Scottish Leaving Certificate Examination, 1953
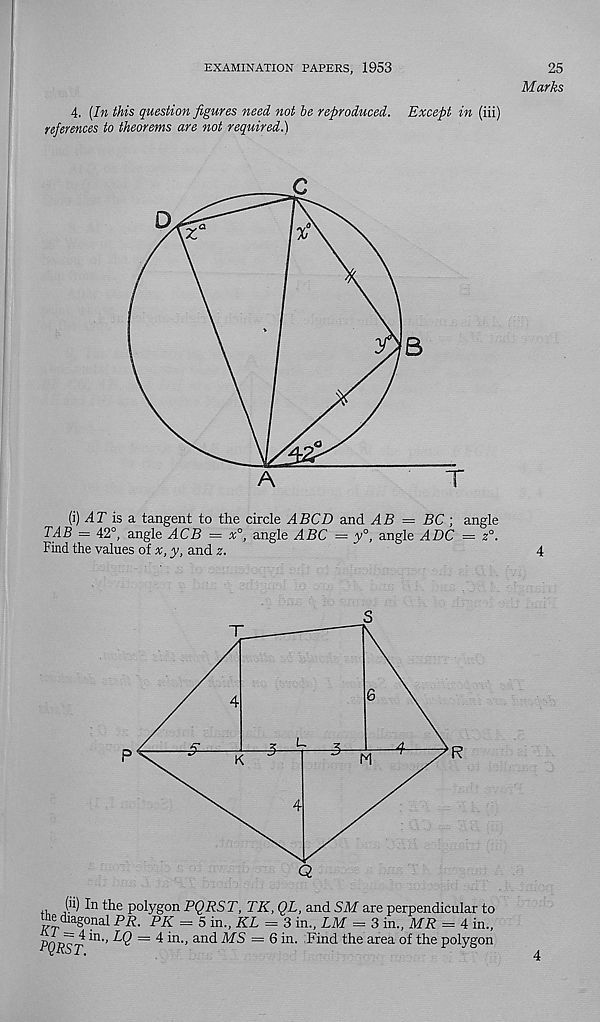
EXAMINATION PAPERS, 1953
4. [In this question figures need not he reproduced. Except in (iii)
references to theorems are not required.)
(i) AT is a tangent to the circle ABCD and AB = BC ; angle
TAB = 42°, angle ACB = *°, angle ABC = 3; 0 , angle ADC =
Find the values of A;, y, and z.
,, (^) the polygon PQRST, TK, QL, and SM are perpendicular to
me diagonal PR. PK = 5 in., KL = 3 in., LM = 3 in., MR = 4 in.,
PQRST ^n'’ ^ ~ ^ ^n - ’ an<^
~ 6 i n - Find the area of the polygon
25
Marks
4